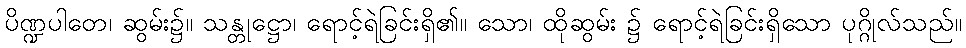
ပိဏ္ဍပါတေ၊ ဆွမ်း၌။ သန္တုဋ္ဌော၊ ရောင့်ရဲခြင်းရှိ၏။ သော၊ ထိုဆွမ်း ၌ ရောင့်ရဲခြင်းရှိသော ပုဂ္ဂိုလ်သည်။